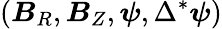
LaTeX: (\boldsymbol{B}_{R},\boldsymbol{B}_{Z},\boldsymbol{\psi},\Delta^{*}\boldsymbol{\psi})